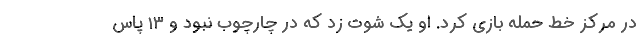
در مرکز خط حمله بازی کرد. او یک شوت زد که در چارچوب نبود و ۱۳ پاس